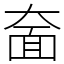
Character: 奤